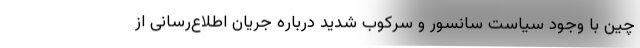
چین با وجود سیاست سانسور و سرکوب شدید درباره جریان اطلاع‌رسانی از